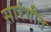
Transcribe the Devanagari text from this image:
सारंगीत